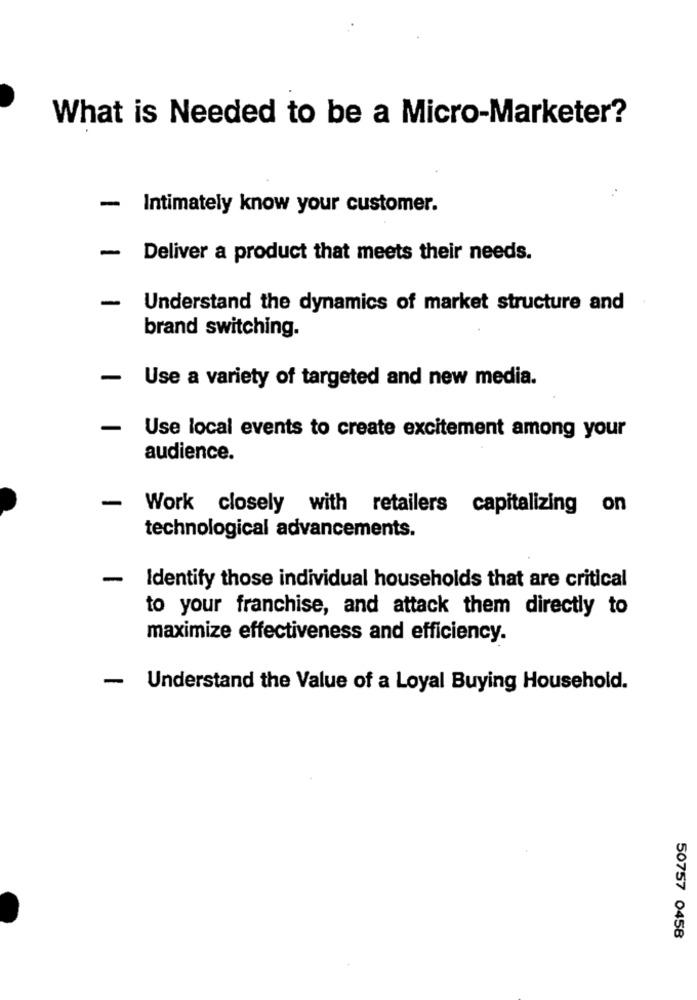
What is Needed to be a Micro-Marketer?
- Intimately know your customer.
-
Deliver a product that meets their needs.
-
Understand the dynamics of market structure and
brand switching.
-
Use a variety of targeted and new media.
Use local events to create excitement among your
audience.
- Work closely with retailers capitalizing on
technological advancements.
-
Identify those individual households that are critical
to your franchise, and attack them directly to
maximize effectiveness and efficiency.
- Understand the Value of a Loyal Buying Household.
50757 0458